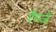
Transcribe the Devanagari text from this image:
रैम्ज़े